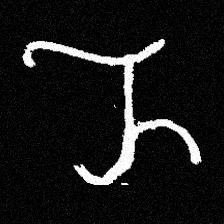
Pyu character \u2014 Myanmar letter: ည (romanized: nya)